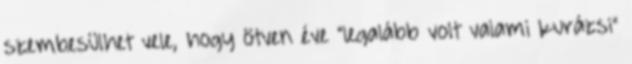
szembesülhet vele, hogy ötven éve "legalább volt valami kurázsi"